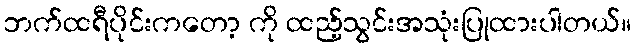
ဘက်ထရီပိုင်းကတော့ ကို ထည့်သွင်းအသုံးပြုထားပါတယ်။